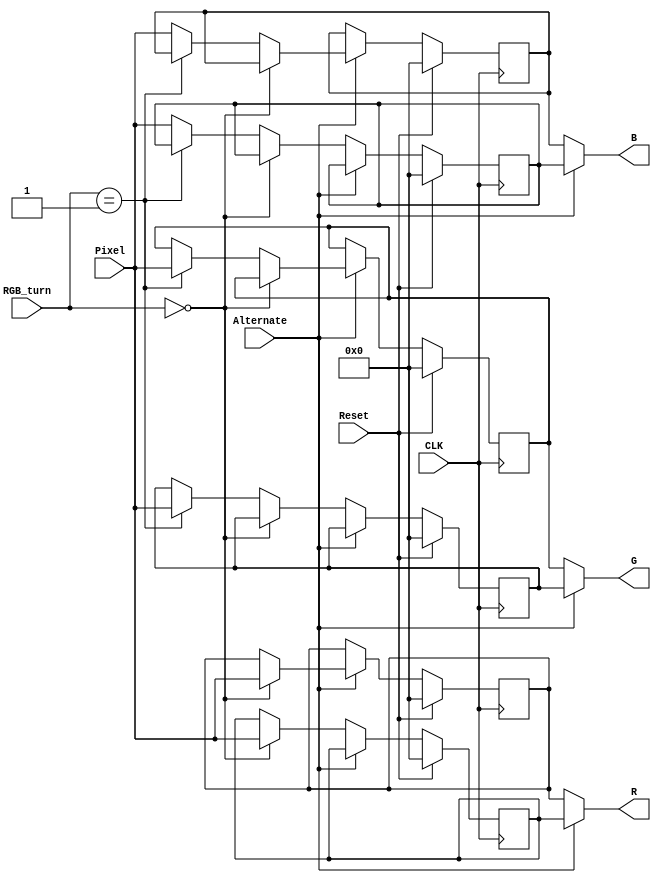
`timescale 1ns / 1ps

module RGB(CLK,Reset,Pixel,RGB_turn,Alternate,R,G,B);
// synopsys template
input wire CLK,Reset,Alternate;
input wire [1:0] RGB_turn;
input wire [7:0] Pixel;
output wire [7:0] R,G,B;

reg [7:0] R_1,G_1,B_1,R_2,G_2,B_2;

assign R=(Alternate)?R_1:R_2;
assign G=(Alternate)?G_1:G_2;
assign B=(Alternate)?B_1:B_2;

always @(posedge CLK)
begin
    if(Reset)
    begin
        R_1<=8'b00000000;
        G_1<=8'b00000000;
        B_1<=8'b00000000;
        R_2<=8'b00000000;
        G_2<=8'b00000000;
        B_2<=8'b00000000;
    end
    else
    begin
        if(Alternate)
        begin
            if(RGB_turn==2'b00)
            begin
                R_2<=Pixel;
            end
            else if(RGB_turn==2'b01)
            begin
                G_2<=Pixel;
            end
            else
            begin
                B_2<=Pixel;
            end
        end
        else
        begin
            if(RGB_turn==2'b00)
            begin
                R_1<=Pixel;
            end
            else if(RGB_turn==2'b01)
            begin
                G_1<=Pixel;
            end
            else
            begin
                B_1<=Pixel;
            end
        end
    end
end

endmodule